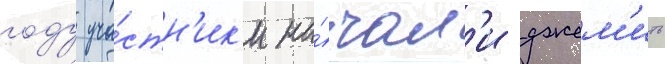
году уча́стн'ик'и на́чал'и джем'ить